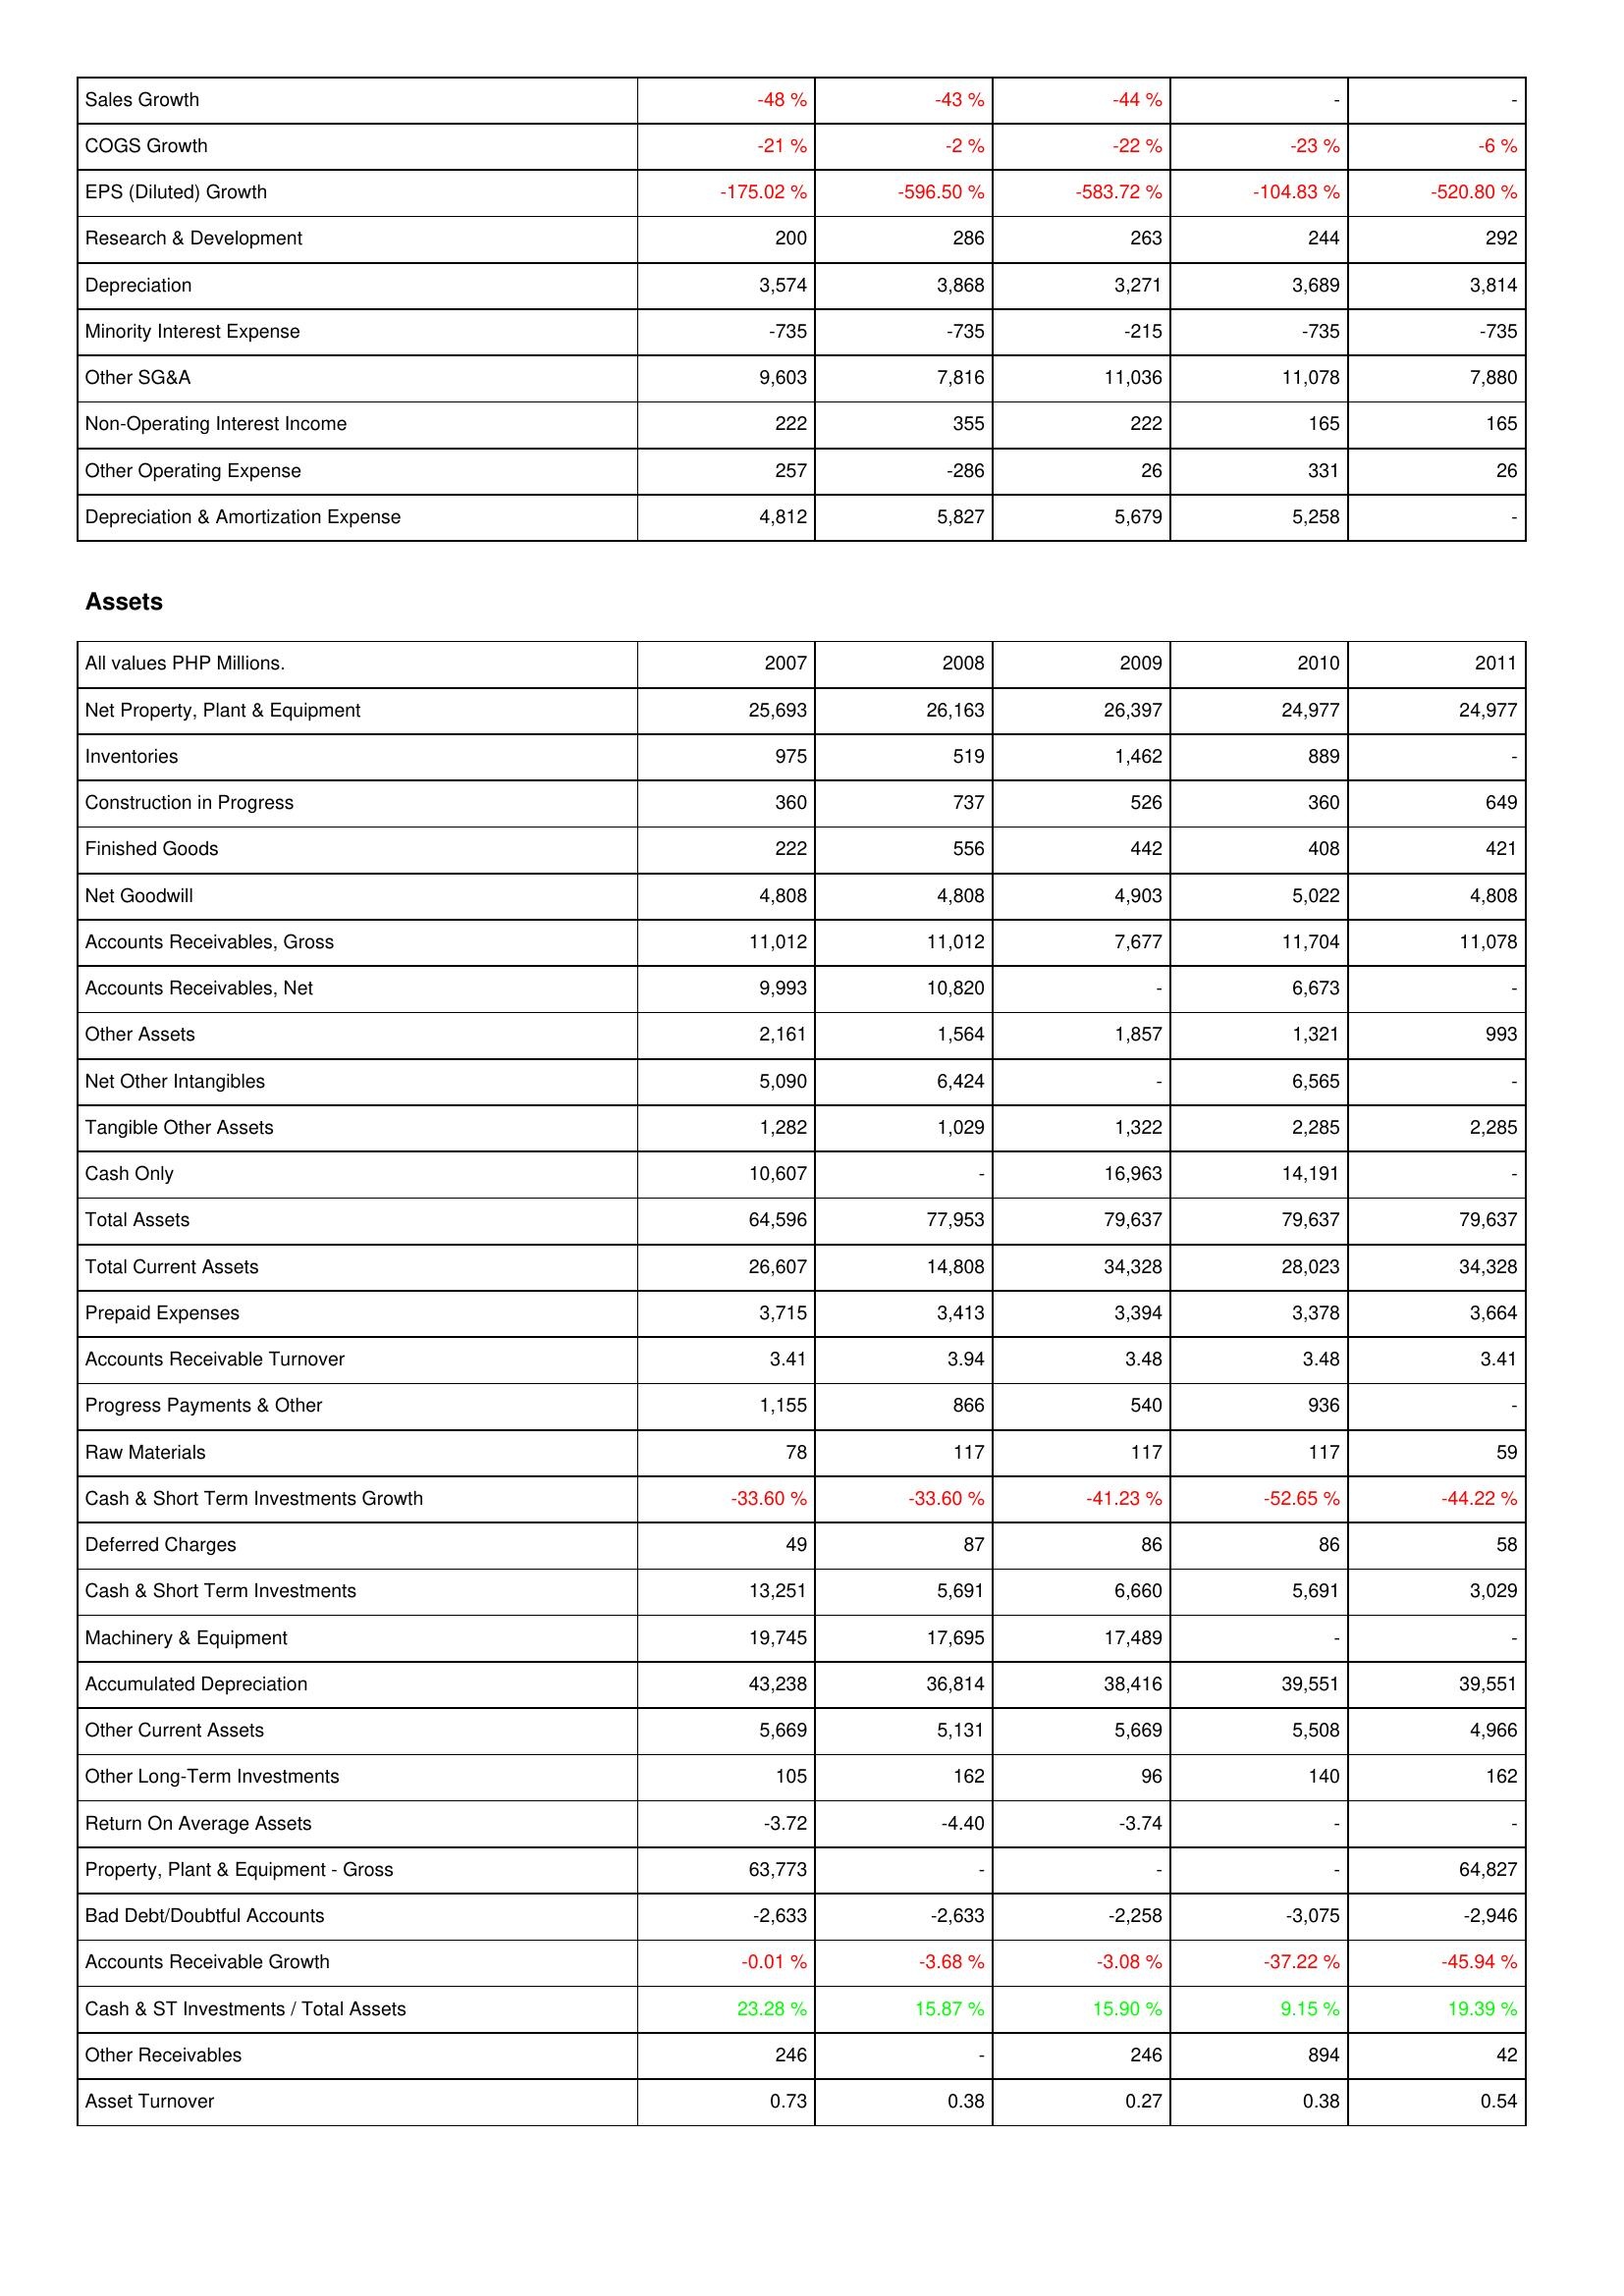
2007: Income Statement: Sales Growth: -48 %
COGS Growth: -21 %
EPS (Diluted) Growth: -175.02 %
Research & Development: 200
Depreciation: 3,574
Minority Interest Expense: -735
Other SG&A: 9,603
Non-Operating Interest Income: 222
Other Operating Expense: 257
Depreciation & Amortization Expense: 4,812
Assets: Net Property, Plant & Equipment: 25,693
Inventories: 975
Construction in Progress: 360
Finished Goods: 222
Net Goodwill: 4,808
Accounts Receivables, Gross: 11,012
Accounts Receivables, Net: 9,993
Other Assets: 2,161
Net Other Intangibles: 5,090
Tangible Other Assets: 1,282
Cash Only: 10,607
Total Assets: 64,596
Total Current Assets: 26,607
Prepaid Expenses: 3,715
Accounts Receivable Turnover: 3.41
Progress Payments & Other: 1,155
Raw Materials: 78
Cash & Short Term Investments Growth: -33.60 %
Deferred Charges: 49
Cash & Short Term Investments: 13,251
Machinery & Equipment: 19,745
Accumulated Depreciation: 43,238
Other Current Assets: 5,669
Other Long-Term Investments: 105
Return On Average Assets: -3.72
Property, Plant & Equipment - Gross: 63,773
Bad Debt/Doubtful Accounts: -2,633
Accounts Receivable Growth: -0.01 %
Cash & ST Investments / Total Assets: 23.28 %
Other Receivables: 246
Asset Turnover: 0.73
2008: Income Statement: Sales Growth: -43 %
COGS Growth: -2 %
EPS (Diluted) Growth: -596.50 %
Research & Development: 286
Depreciation: 3,868
Minority Interest Expense: -735
Other SG&A: 7,816
Non-Operating Interest Income: 355
Other Operating Expense: -286
Depreciation & Amortization Expense: 5,827
Assets: Net Property, Plant & Equipment: 26,163
Inventories: 519
Construction in Progress: 737
Finished Goods: 556
Net Goodwill: 4,808
Accounts Receivables, Gross: 11,012
Accounts Receivables, Net: 10,820
Other Assets: 1,564
Net Other Intangibles: 6,424
Tangible Other Assets: 1,029
Cash Only: -
Total Assets: 77,953
Total Current Assets: 14,808
Prepaid Expenses: 3,413
Accounts Receivable Turnover: 3.94
Progress Payments & Other: 866
Raw Materials: 117
Cash & Short Term Investments Growth: -33.60 %
Deferred Charges: 87
Cash & Short Term Investments: 5,691
Machinery & Equipment: 17,695
Accumulated Depreciation: 36,814
Other Current Assets: 5,131
Other Long-Term Investments: 162
Return On Average Assets: -4.40
Property, Plant & Equipment - Gross: -
Bad Debt/Doubtful Accounts: -2,633
Accounts Receivable Growth: -3.68 %
Cash & ST Investments / Total Assets: 15.87 %
Other Receivables: -
Asset Turnover: 0.38
2009: Income Statement: Sales Growth: -44 %
COGS Growth: -22 %
EPS (Diluted) Growth: -583.72 %
Research & Development: 263
Depreciation: 3,271
Minority Interest Expense: -215
Other SG&A: 11,036
Non-Operating Interest Income: 222
Other Operating Expense: 26
Depreciation & Amortization Expense: 5,679
Assets: Net Property, Plant & Equipment: 26,397
Inventories: 1,462
Construction in Progress: 526
Finished Goods: 442
Net Goodwill: 4,903
Accounts Receivables, Gross: 7,677
Accounts Receivables, Net: -
Other Assets: 1,857
Net Other Intangibles: -
Tangible Other Assets: 1,322
Cash Only: 16,963
Total Assets: 79,637
Total Current Assets: 34,328
Prepaid Expenses: 3,394
Accounts Receivable Turnover: 3.48
Progress Payments & Other: 540
Raw Materials: 117
Cash & Short Term Investments Growth: -41.23 %
Deferred Charges: 86
Cash & Short Term Investments: 6,660
Machinery & Equipment: 17,489
Accumulated Depreciation: 38,416
Other Current Assets: 5,669
Other Long-Term Investments: 96
Return On Average Assets: -3.74
Property, Plant & Equipment - Gross: -
Bad Debt/Doubtful Accounts: -2,258
Accounts Receivable Growth: -3.08 %
Cash & ST Investments / Total Assets: 15.90 %
Other Receivables: 246
Asset Turnover: 0.27
2010: Income Statement: Sales Growth: -
COGS Growth: -23 %
EPS (Diluted) Growth: -104.83 %
Research & Development: 244
Depreciation: 3,689
Minority Interest Expense: -735
Other SG&A: 11,078
Non-Operating Interest Income: 165
Other Operating Expense: 331
Depreciation & Amortization Expense: 5,258
Assets: Net Property, Plant & Equipment: 24,977
Inventories: 889
Construction in Progress: 360
Finished Goods: 408
Net Goodwill: 5,022
Accounts Receivables, Gross: 11,704
Accounts Receivables, Net: 6,673
Other Assets: 1,321
Net Other Intangibles: 6,565
Tangible Other Assets: 2,285
Cash Only: 14,191
Total Assets: 79,637
Total Current Assets: 28,023
Prepaid Expenses: 3,378
Accounts Receivable Turnover: 3.48
Progress Payments & Other: 936
Raw Materials: 117
Cash & Short Term Investments Growth: -52.65 %
Deferred Charges: 86
Cash & Short Term Investments: 5,691
Machinery & Equipment: -
Accumulated Depreciation: 39,551
Other Current Assets: 5,508
Other Long-Term Investments: 140
Return On Average Assets: -
Property, Plant & Equipment - Gross: -
Bad Debt/Doubtful Accounts: -3,075
Accounts Receivable Growth: -37.22 %
Cash & ST Investments / Total Assets: 9.15 %
Other Receivables: 894
Asset Turnover: 0.38
2011: Income Statement: Sales Growth: -
COGS Growth: -6 %
EPS (Diluted) Growth: -520.80 %
Research & Development: 292
Depreciation: 3,814
Minority Interest Expense: -735
Other SG&A: 7,880
Non-Operating Interest Income: 165
Other Operating Expense: 26
Depreciation & Amortization Expense: -
Assets: Net Property, Plant & Equipment: 24,977
Inventories: -
Construction in Progress: 649
Finished Goods: 421
Net Goodwill: 4,808
Accounts Receivables, Gross: 11,078
Accounts Receivables, Net: -
Other Assets: 993
Net Other Intangibles: -
Tangible Other Assets: 2,285
Cash Only: -
Total Assets: 79,637
Total Current Assets: 34,328
Prepaid Expenses: 3,664
Accounts Receivable Turnover: 3.41
Progress Payments & Other: -
Raw Materials: 59
Cash & Short Term Investments Growth: -44.22 %
Deferred Charges: 58
Cash & Short Term Investments: 3,029
Machinery & Equipment: -
Accumulated Depreciation: 39,551
Other Current Assets: 4,966
Other Long-Term Investments: 162
Return On Average Assets: -
Property, Plant & Equipment - Gross: 64,827
Bad Debt/Doubtful Accounts: -2,946
Accounts Receivable Growth: -45.94 %
Cash & ST Investments / Total Assets: 19.39 %
Other Receivables: 42
Asset Turnover: 0.54